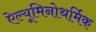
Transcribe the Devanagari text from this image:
ऐल्यूमिनोथर्मिक